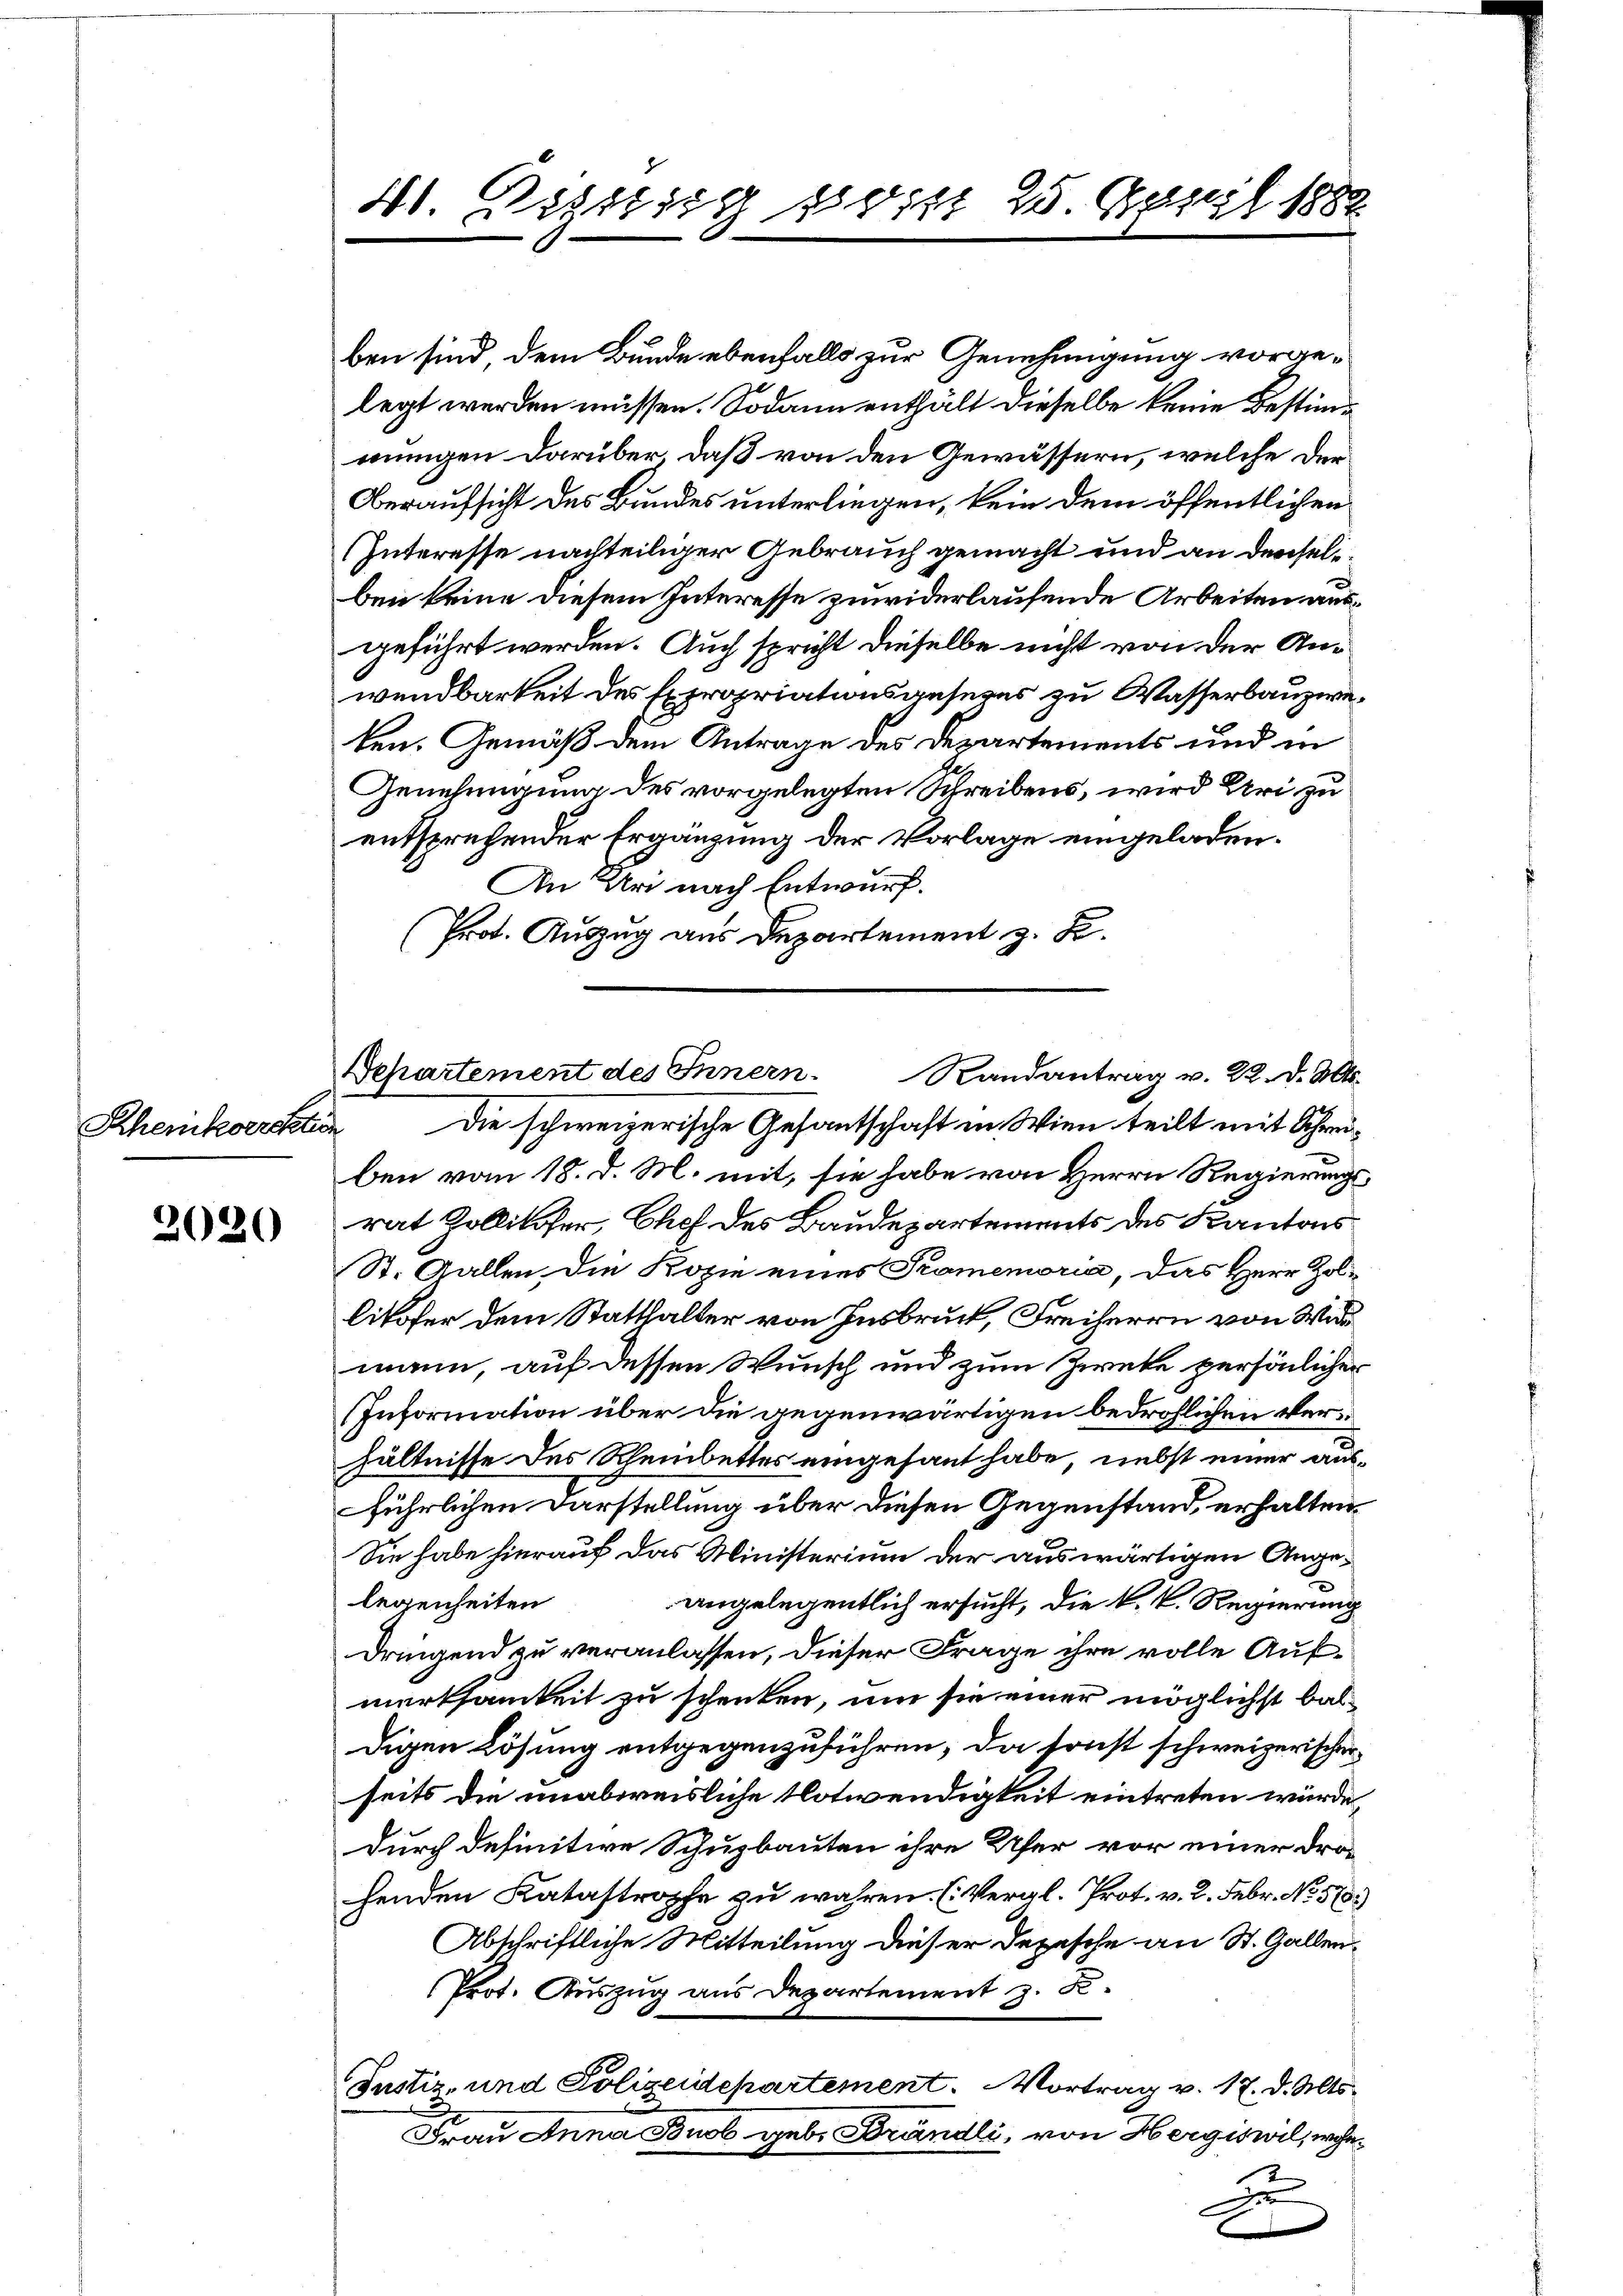
Rheinkorrektion

2020

ben sind, dem Bunde ebenfalls zur Genehmigung vorgelegt werden müssen. Sodann enthält dieselbe keine Bestimmungen darüber, daß von den Gewässern, welche der
Oberaufsicht des Bundes unterliegen, kein dem öffentlichen
Interesse nachteiliger Gebrauch gemacht und an denseliben keine diesem Interesse zuwiderlaufende Arbeiten ausgeführt werden. Auch spricht dieselbe nicht von der Anwendbarkeit des Expropriationsgeseens zu Wasserbauzweten. Gemäß dem Antrage des Departements und in
Genehmigung des vorgelegten Schreibens, wird Uri zu
entsprechender Ergänzung der Vorlage eingeladen.
An Uri nach Entwurf.
Prot. Auszug aus Departement z. B.

Departement des Innern.
Randantrag v. 22. d. Mts.
Die schweizerische Gesantschaft in Wien teilt mit Schrei¬

41. Seitig 150 rt 25. Denzl 188

ben vom 18. d. M. mit, sie habe von Herrn Regierungsrat Zollikofer, Chef des Baudepartements des Kantons
St. Gallen. Die Kopie eines Promemoria, das Herr Zollikofer dem Statthalter von Insbruck, Freiherrn von Wid
mann, auf dessen Wunsch und zum Zwecke persönlicher
Information über die gegenwärtigen bedrohlichen Verhältnisse des Rheinbettes eingesant habe, nebst einer ausführlichen Darstellung über diesen Gegenstand, erhalten.
Sie habe hierauf das Ministerium der auswärtigen Angelegenheiten
angelegentlich ersucht, die k. k. Regierung
dringend zu veranlassen, dieser Frage ihre volle Aufmerksamkeit zu schenken, um sie einer möglichst baldigen Lösung entgegenzuführen, da sonst schweizerischer
seits die unabweisliche Notwendigkeit eintreten würde,
durch definitive Schuzbauten ihre Ufer vor einer Drohenden Katastrophe zu wahren. (Vergl. Prot. v. 2. Febr. No. 578.)
Abschriftliche Mitteilung dieser Depesche an St. Gallen,
Prot. Auszug aus Departement z. B.
Justiz- und Polizeidepartement. Vortrag v. 17. d. Mts.
Frau Anna Buol geb. Brändli, von Hergiswil, wohnzu